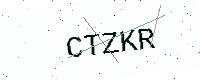
Text: CTZKR